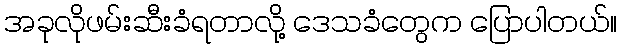
အခုလိုဖမ်းဆီးခံရတာလို့ ဒေသခံတွေက ပြောပါတယ်။